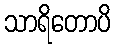
သာရိတောပိ